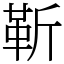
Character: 靳